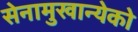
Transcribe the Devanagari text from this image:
सेनामुखान्येको